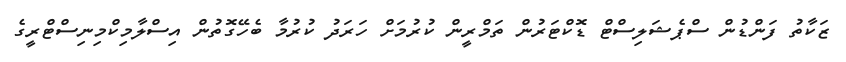
ޒަކާތު ފަންޑުން ސްޕެޝަލިސްޓް ޑޮކްޓަރުން ތަމްރީން ކުރުމަށް ހަރަދު ކުރުމާ ބެހޭގޮތުން އިސްލާމިކްމިނިސްޓްރީގެ